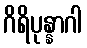
ဂိရိပုန္နာဂါ